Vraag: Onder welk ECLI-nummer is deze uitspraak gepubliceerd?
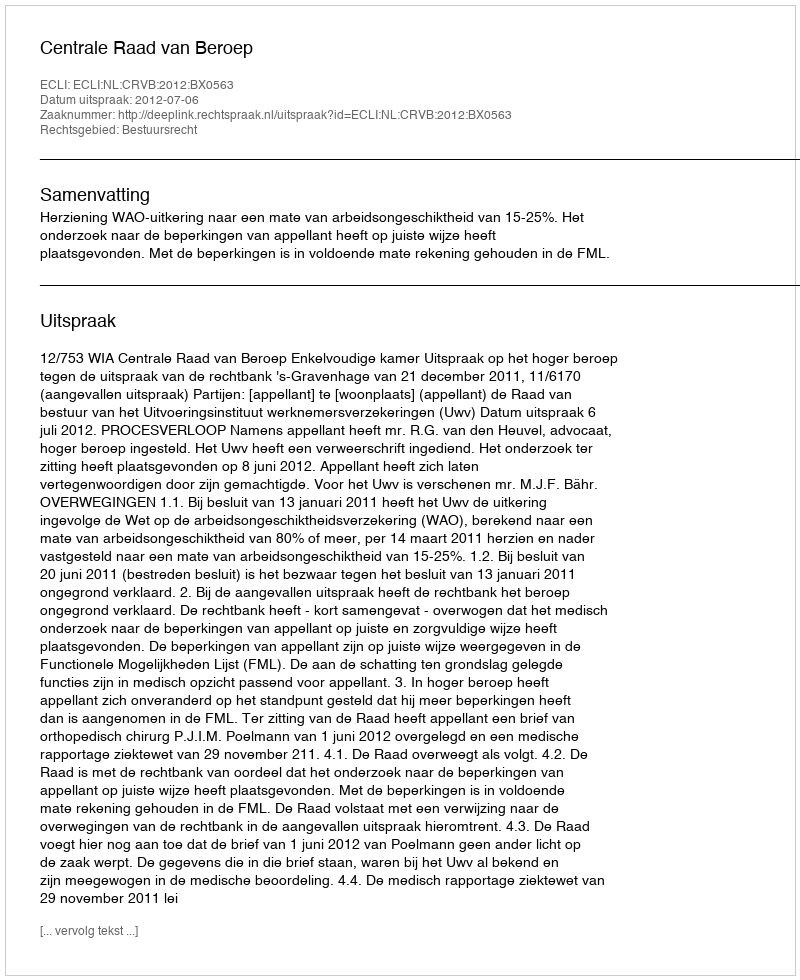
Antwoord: ECLI:NL:CRVB:2012:BX0563